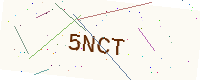
Text: 5NCT